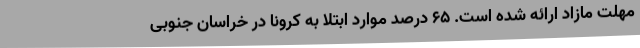
مهلت مازاد ارائه شده است. 65 درصد موارد ابتلا به کرونا در خراسان جنوبی